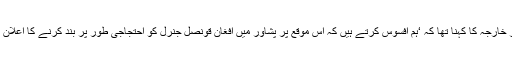
ترجمان دفتر خارجہ کا کہنا تھا کہ ‘ہم افسوس کرتے ہیں کہ اس موقع پر پشاور میں افغان قونصل جنرل کو احتجاجی طور پر بند کرنے کا اعلان کیا گیا ہے’۔